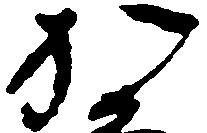
か